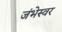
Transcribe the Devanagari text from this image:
जंभेस्वर